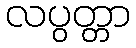
လပွတ္တာ